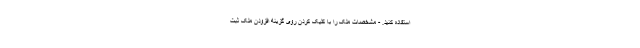
استفاده کنید. - مشخصات ملک را با کلیک کردن روی گزینه افزودن ملک ثبت